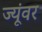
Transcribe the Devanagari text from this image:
ज्यूंवर